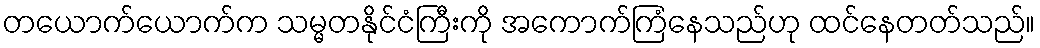
တယောက်ယောက်က သမ္မတနိုင်ငံကြီးကို အကောက်ကြံနေသည်ဟု ထင်နေတတ်သည်။